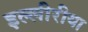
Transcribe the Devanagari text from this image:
इल्लीरीया